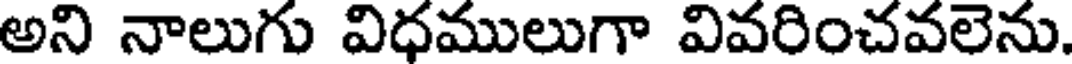
అని నాలుగు విధములుగా వివరించవలెను